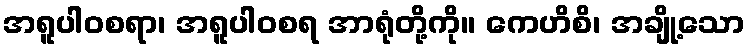
အရူပါဝစရာ၊ အရူပါဝစရ အာရုံတို့ကို။ ကေဟိစိ၊ အချို့သော